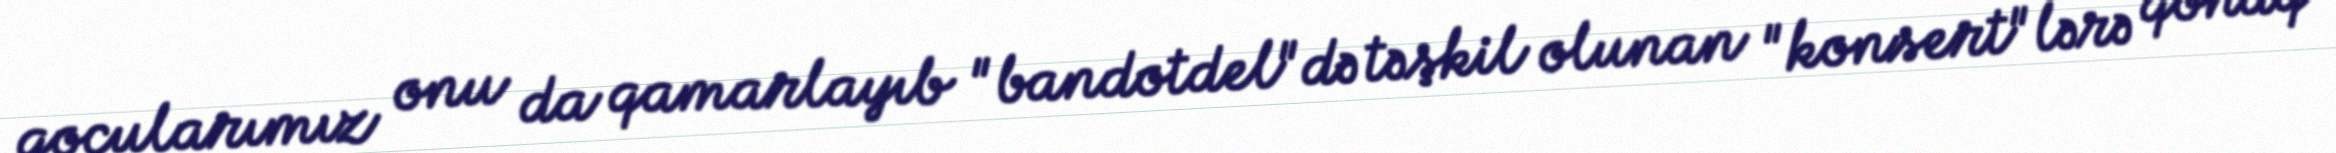
qoçularımız onu da qamarlayıb "bandotdel"də təşkil olunan "konsert"lərə qonaq